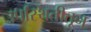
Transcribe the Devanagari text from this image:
उपस्थितीतून